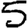
Digit: 5